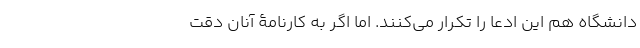
دانشگاه هم این ادعا را تکرار می‌کنند. اما اگر به کارنامۀ آنان دقت